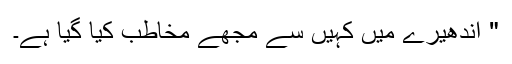
" اندھیرے میں کہیں سے مجھے مخاطب کیا گیا ہے۔